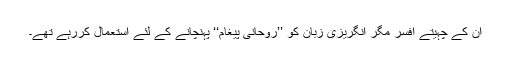
ان کے چہیتے افسر مگر انگریزی زبان کو ’’روحانی پیغام‘‘ پہنچانے کے لئے استعمال کررہے تھے۔